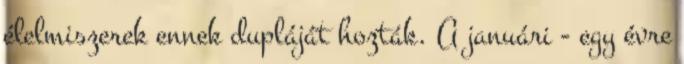
élelmiszerek ennek dupláját hozták. A januári - egy évre